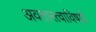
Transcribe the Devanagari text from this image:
अवतारत्वाविषयी